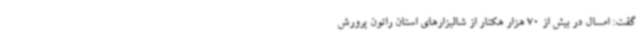
گفت: امسال در بیش از 70 هزار هکتار از شالیزارهای استان راتون پرورش